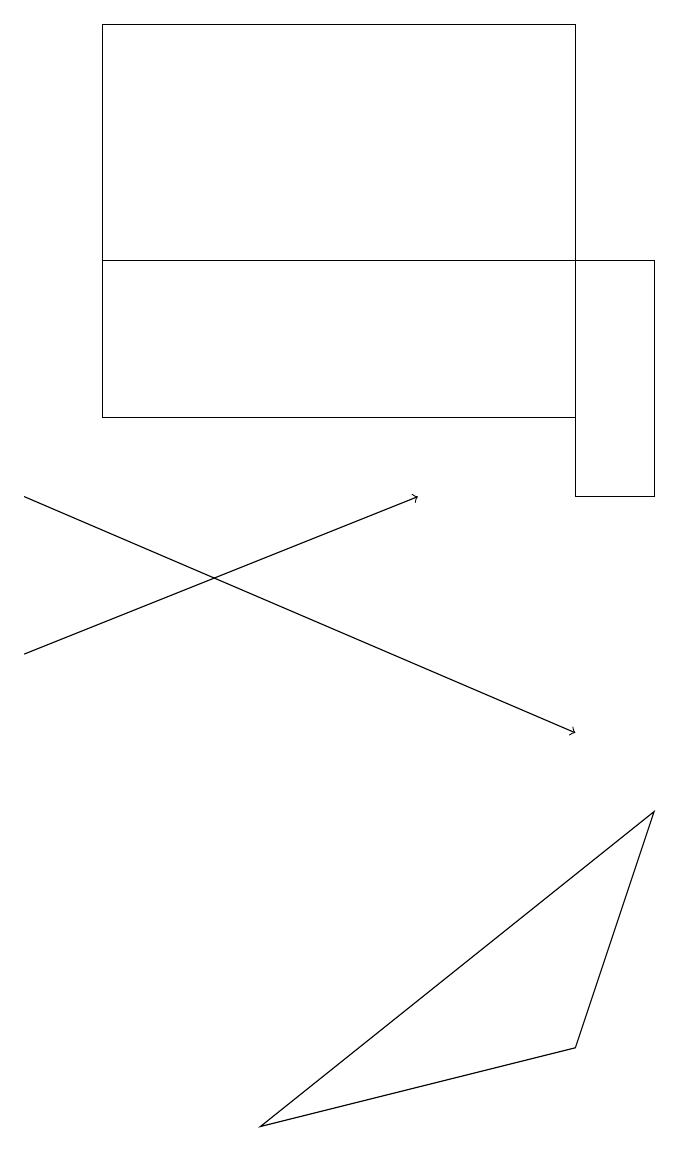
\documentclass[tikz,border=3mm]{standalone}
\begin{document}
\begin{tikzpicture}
\draw[->] (0,11) -- (5,13);
\draw[->] (0,13) -- (7,10);
\draw (7,16) rectangle (1,19);
\draw (8,9) -- (3,5) -- (7,6) -- cycle;
\draw (8,13) rectangle (7,16);
\draw (1,14) rectangle (7,16);
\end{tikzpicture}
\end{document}